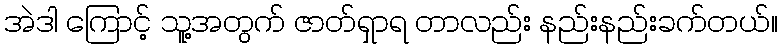
အဲဒါ ကြောင့် သူ့အတွက် ဇာတ်ရှာရ တာလည်း နည်းနည်းခက်တယ်။